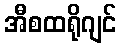
အီစထရိုဂျင်